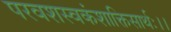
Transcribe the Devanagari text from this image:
परवशस्वकंशाक्तिसार्थः।।